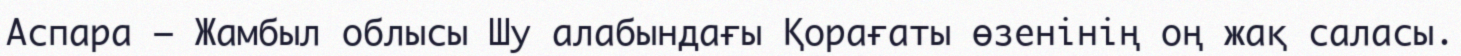
Аспара – Жамбыл облысы Шу алабындағы Қорағаты өзенінің оң жақ саласы.